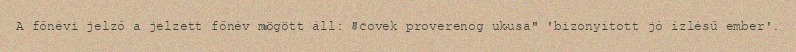
A főnévi jelző a jelzett főnév mögött áll: "čovek proverenog ukusa" 'bizonyított jó ízlésű ember'.